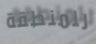
للمنطقة